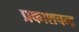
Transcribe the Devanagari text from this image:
प्रकाशचन्द्र